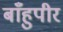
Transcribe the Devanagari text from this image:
बाँहुपीर